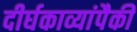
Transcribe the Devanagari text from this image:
दीर्घकाव्यांपैकी